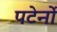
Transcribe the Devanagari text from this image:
पटेर्नो